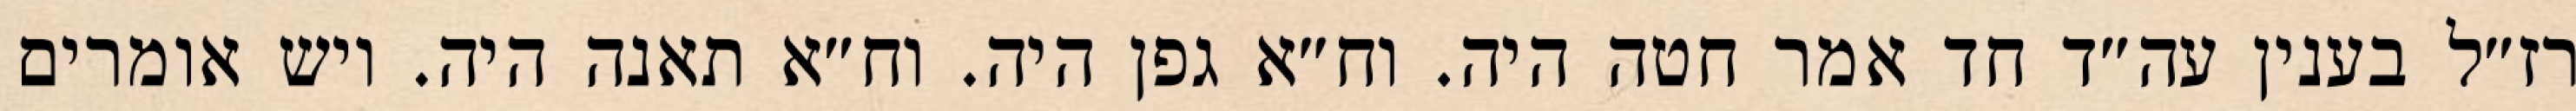
רז״ל בענין עה״ד חד אמר חטה היה. וח״א גפן היה. וח״א תאנה היה. ויש אומרים